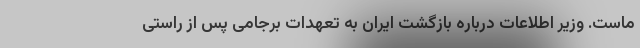
ماست. وزیر اطلاعات درباره بازگشت ایران به تعهدات برجامی پس از راستی